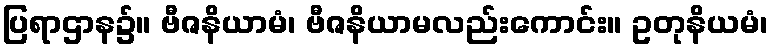
ပြရာဌာန၌။ ဗီဇနိယာမံ၊ ဗီဇနိယာမလည်းကောင်း။ ဥတုနိယမံ၊